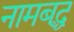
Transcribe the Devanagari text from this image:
नामबद्ध